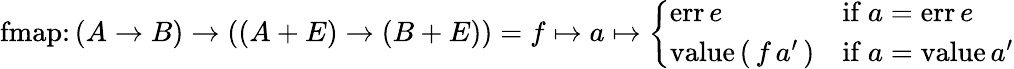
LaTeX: {\mathrm{fmap}}\colon(A\to B)\to\left(\left(A+E\right)\to\left(B+E\right)\right)=f\mapsto a\mapsto{\left\{ \begin{array}{ll}{{\mathrm{err}}\, e}&{{\mathrm{if}}\ a={\mathrm{err}}\, e}\\ {{\mathrm{value}}\, {\mathrm{(}}\, f\, a^{\prime}\, {\mathrm{)}}}&{{\mathrm{if}}\ a={\mathrm{value}}\, a^{\prime}}\end{array}\right.}